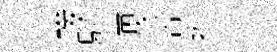
輟馭淸悠容拊